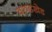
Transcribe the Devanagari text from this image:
वरुडखेड